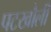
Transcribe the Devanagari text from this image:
पटखौली